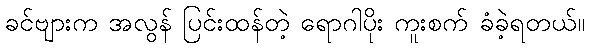
ခင်ဗျားက အလွန် ပြင်းထန်တဲ့ ရောဂါပိုး ကူးစက် ခံခဲ့ရတယ်။